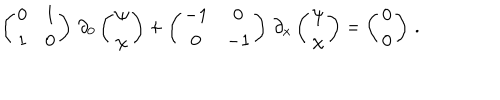
LaTeX: \left( \begin{matrix} { { 0 } } & { { 1 } } \\ { { 1 } } & { { 0 } } \\ \end{matrix} \right) \, \partial _ { 0 } \left( \begin{matrix} { { \psi } } \\ { { \chi } } \\ \end{matrix} \right) + \left( \begin{matrix} { { - 1 } } & { { 0 } } \\ { { 0 } } & { { - 1 } } \\ \end{matrix} \right) \, \partial _ { x } \left( \begin{matrix} { { \psi } } \\ { { \chi } } \\ \end{matrix} \right) = \left( \begin{matrix} { { 0 } } \\ { { 0 } } \\ \end{matrix} \right) \, .